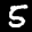
Label: 5